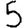
Digit: 5